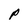
Character: P